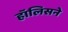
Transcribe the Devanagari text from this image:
हॉलिसने